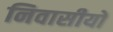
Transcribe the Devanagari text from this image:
निवासीयों